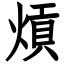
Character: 熕